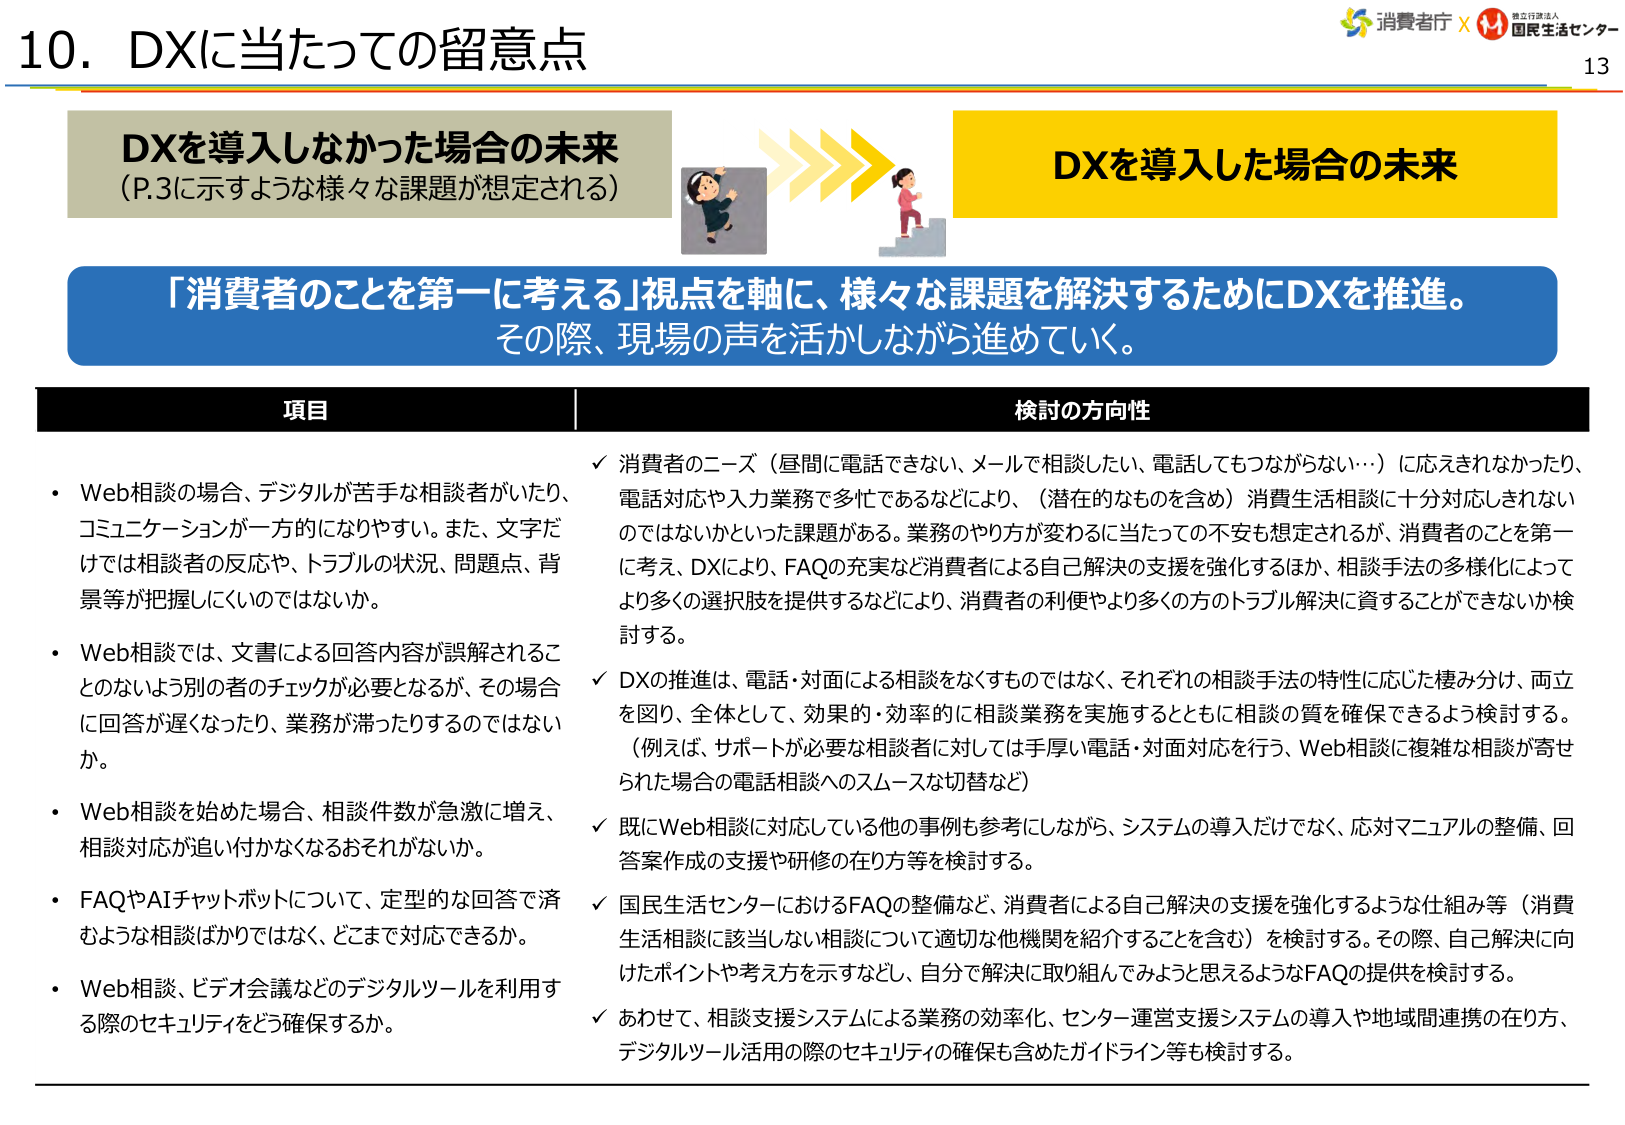
10. DXに当たっての留意点

DXを導入しなかった場合の未来
（P.3に示すような様々な課題が想定される）

DXを導入した場合の未来

「消費者のことを第一に考える」視点を軸に、様々な課題を解決するためにDXを推進。
その際、現場の声を活かしながら進めていく。

項目

・Web相談の場合、デジタルが苦手な相談者がいたり、
コミュニケーションが一方的になりやすい。また、文字だけでは相談者の反応や、トラブルの状況、問題点、背景等が把握しにくいのではないか。

・Web相談では、文書による回答内容が誤解されることのないよう別の者のチェックが必要となるが、その場合に回答が遅くなったり、業務が滞ったりするのではないか。

・Web相談を始めた場合、相談件数が急激に増え、
相談対応が追い付かなくなるおそれがないか。

・FAQやAIチャットボットについて、定型的な回答で済むような相談ばかりではなく、どこまで対応できるか。

・Web相談、ビデオ会議などのデジタルツールを利用する際のセキュリティをどう確保するか。

検討の方向性

✓ 消費者のニーズ（昼間に電話できない、メールで相談したい、電話してもつながらない…）に応えきれなかったり、電話対応や入力業務で多忙であるなどにより、（潜在的なものを含め）消費生活相談に十分対応しきれないのではないかといった課題がある。業務のやり方が変わるに当たっての不安も想定されるが、消費者のことを第一に考え、DXにより、FAQの充実など消費者による自己解決の支援を強化するほか、相談手法の多様化によってより多くの選択肢を提供するなどにより、消費者の利便やより多くの方のトラブル解決に資することができないか検討する。

✓ DXの推進は、電話・対面による相談をなくすものではなく、それぞれの相談手法の特性に応じた棲み分け、両立を図り、全体として、効果的・効率的に相談業務を実施するとともに相談の質を確保できるよう検討する。（例えば、サポートが必要な相談者に対しては手厚い電話・対面対応を行う、Web相談に複雑な相談が寄せられた場合の電話相談へのスムーズな切替など）

✓ 既にWeb相談に対応している他の事例も参考にしながら、システムの導入だけでなく、応対マニュアルの整備、回答案作成の支援や研修の在り方等を検討する。

✓ 国民生活センターにおけるFAQの整備など、消費者による自己解決の支援を強化するような仕組み等（消費生活相談に該当しない相談について適切な他機関を紹介することを含む）を検討する。その際、自己解決に向けたポイントや考え方を示すなどし、自分で解決に取り組んでみようと思えるようなFAQの提供を検討する。

✓ あわせて、相談支援システムによる業務の効率化、センター運営支援システムの導入や地域間連携の在り方、デジタルツール活用の際のセキュリティの確保も含めたガイドライン等も検討する。

消費者庁 × 国民生活センター
13